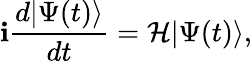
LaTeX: \mathbf{i}\frac{{d|\Psi(t)\rangle}}{{dt}}=\mathcal{{H}}|\Psi(t)\rangle,